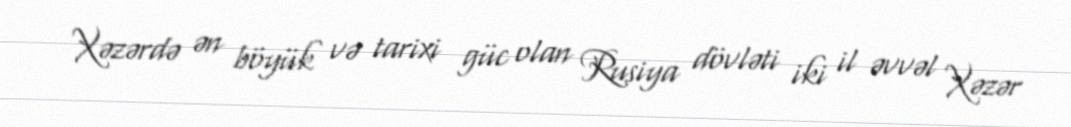
Xəzərdə ən böyük və tarixi güc olan Rusiya dövləti iki il əvvəl Xəzər